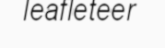
leafleteer